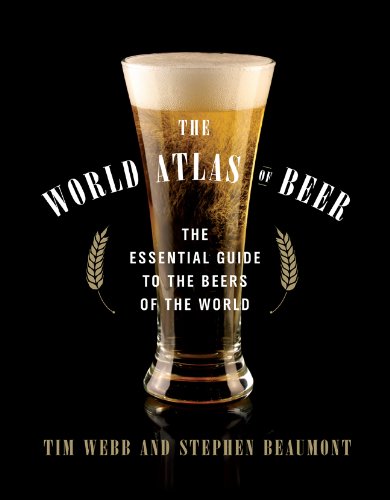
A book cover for The World Atlas of Beer: The Essential Guide to the Beers of the World; Tim Webb; Cookbooks, Food & Wine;